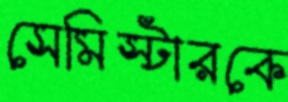
সেমিস্টারকে